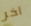
آخر